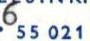
655 021